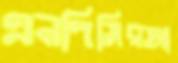
এনপিসিরআ